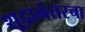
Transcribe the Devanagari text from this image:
शूद्रानंतरचा